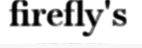
firefly's